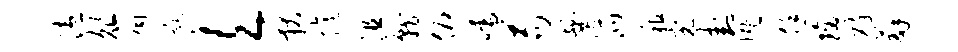
溘俎扃甑欠狄忆沮就俯嚅苟爨派租完卦慨恁璃碎薜